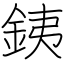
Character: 銕